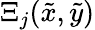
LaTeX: \Xi_{j}(\tilde{x},\tilde{y})